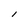
Character: 1